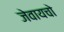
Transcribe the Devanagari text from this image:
जेवायचो